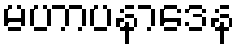
မဟာပနာဒေန